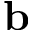
\mathbf { b }